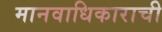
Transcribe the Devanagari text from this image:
मानवाधिकाराची